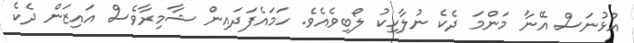
އުޅުނަސް އޭނާ މަންމަ ދެކެ ނުލާހިކު ލޯބިވެއެވެ. ހަމައެފަދައިން ޝާމިރާވެސް އައިޒަން ދެކެ